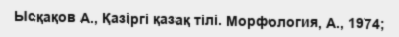
Ысқақов А., Қазіргі қазақ тілі. Морфология, А., 1974;